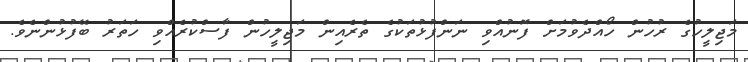
މަޖިލީހުގެ ރުހުން ހޯއްދެވުމަށް ފޮނުއްވި ނަންފުޅުތަކުގެ ތެރެއިން މަޖިލީހުން ފާސްކުރެއްވި ހަތަރު ބޭފުޅުންނެވެ.